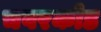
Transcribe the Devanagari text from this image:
चवरकोड